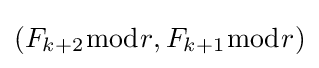
\left(F_{k+2}{\bmod {r}},F_{k+1}{\bmod {r}}\right)